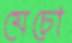
যেচো